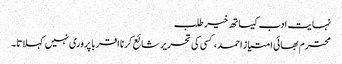
نہایت ادب کیساتھ خیر طلب
محترم بھائی امتیاز احمد، کسی کی تحریر شائع کرنا اقربا پروری نہیں کہلاتا۔